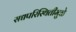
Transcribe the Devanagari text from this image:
सद्यपरिस्थितीमुळे